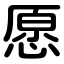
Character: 愿